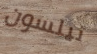
نيلسون